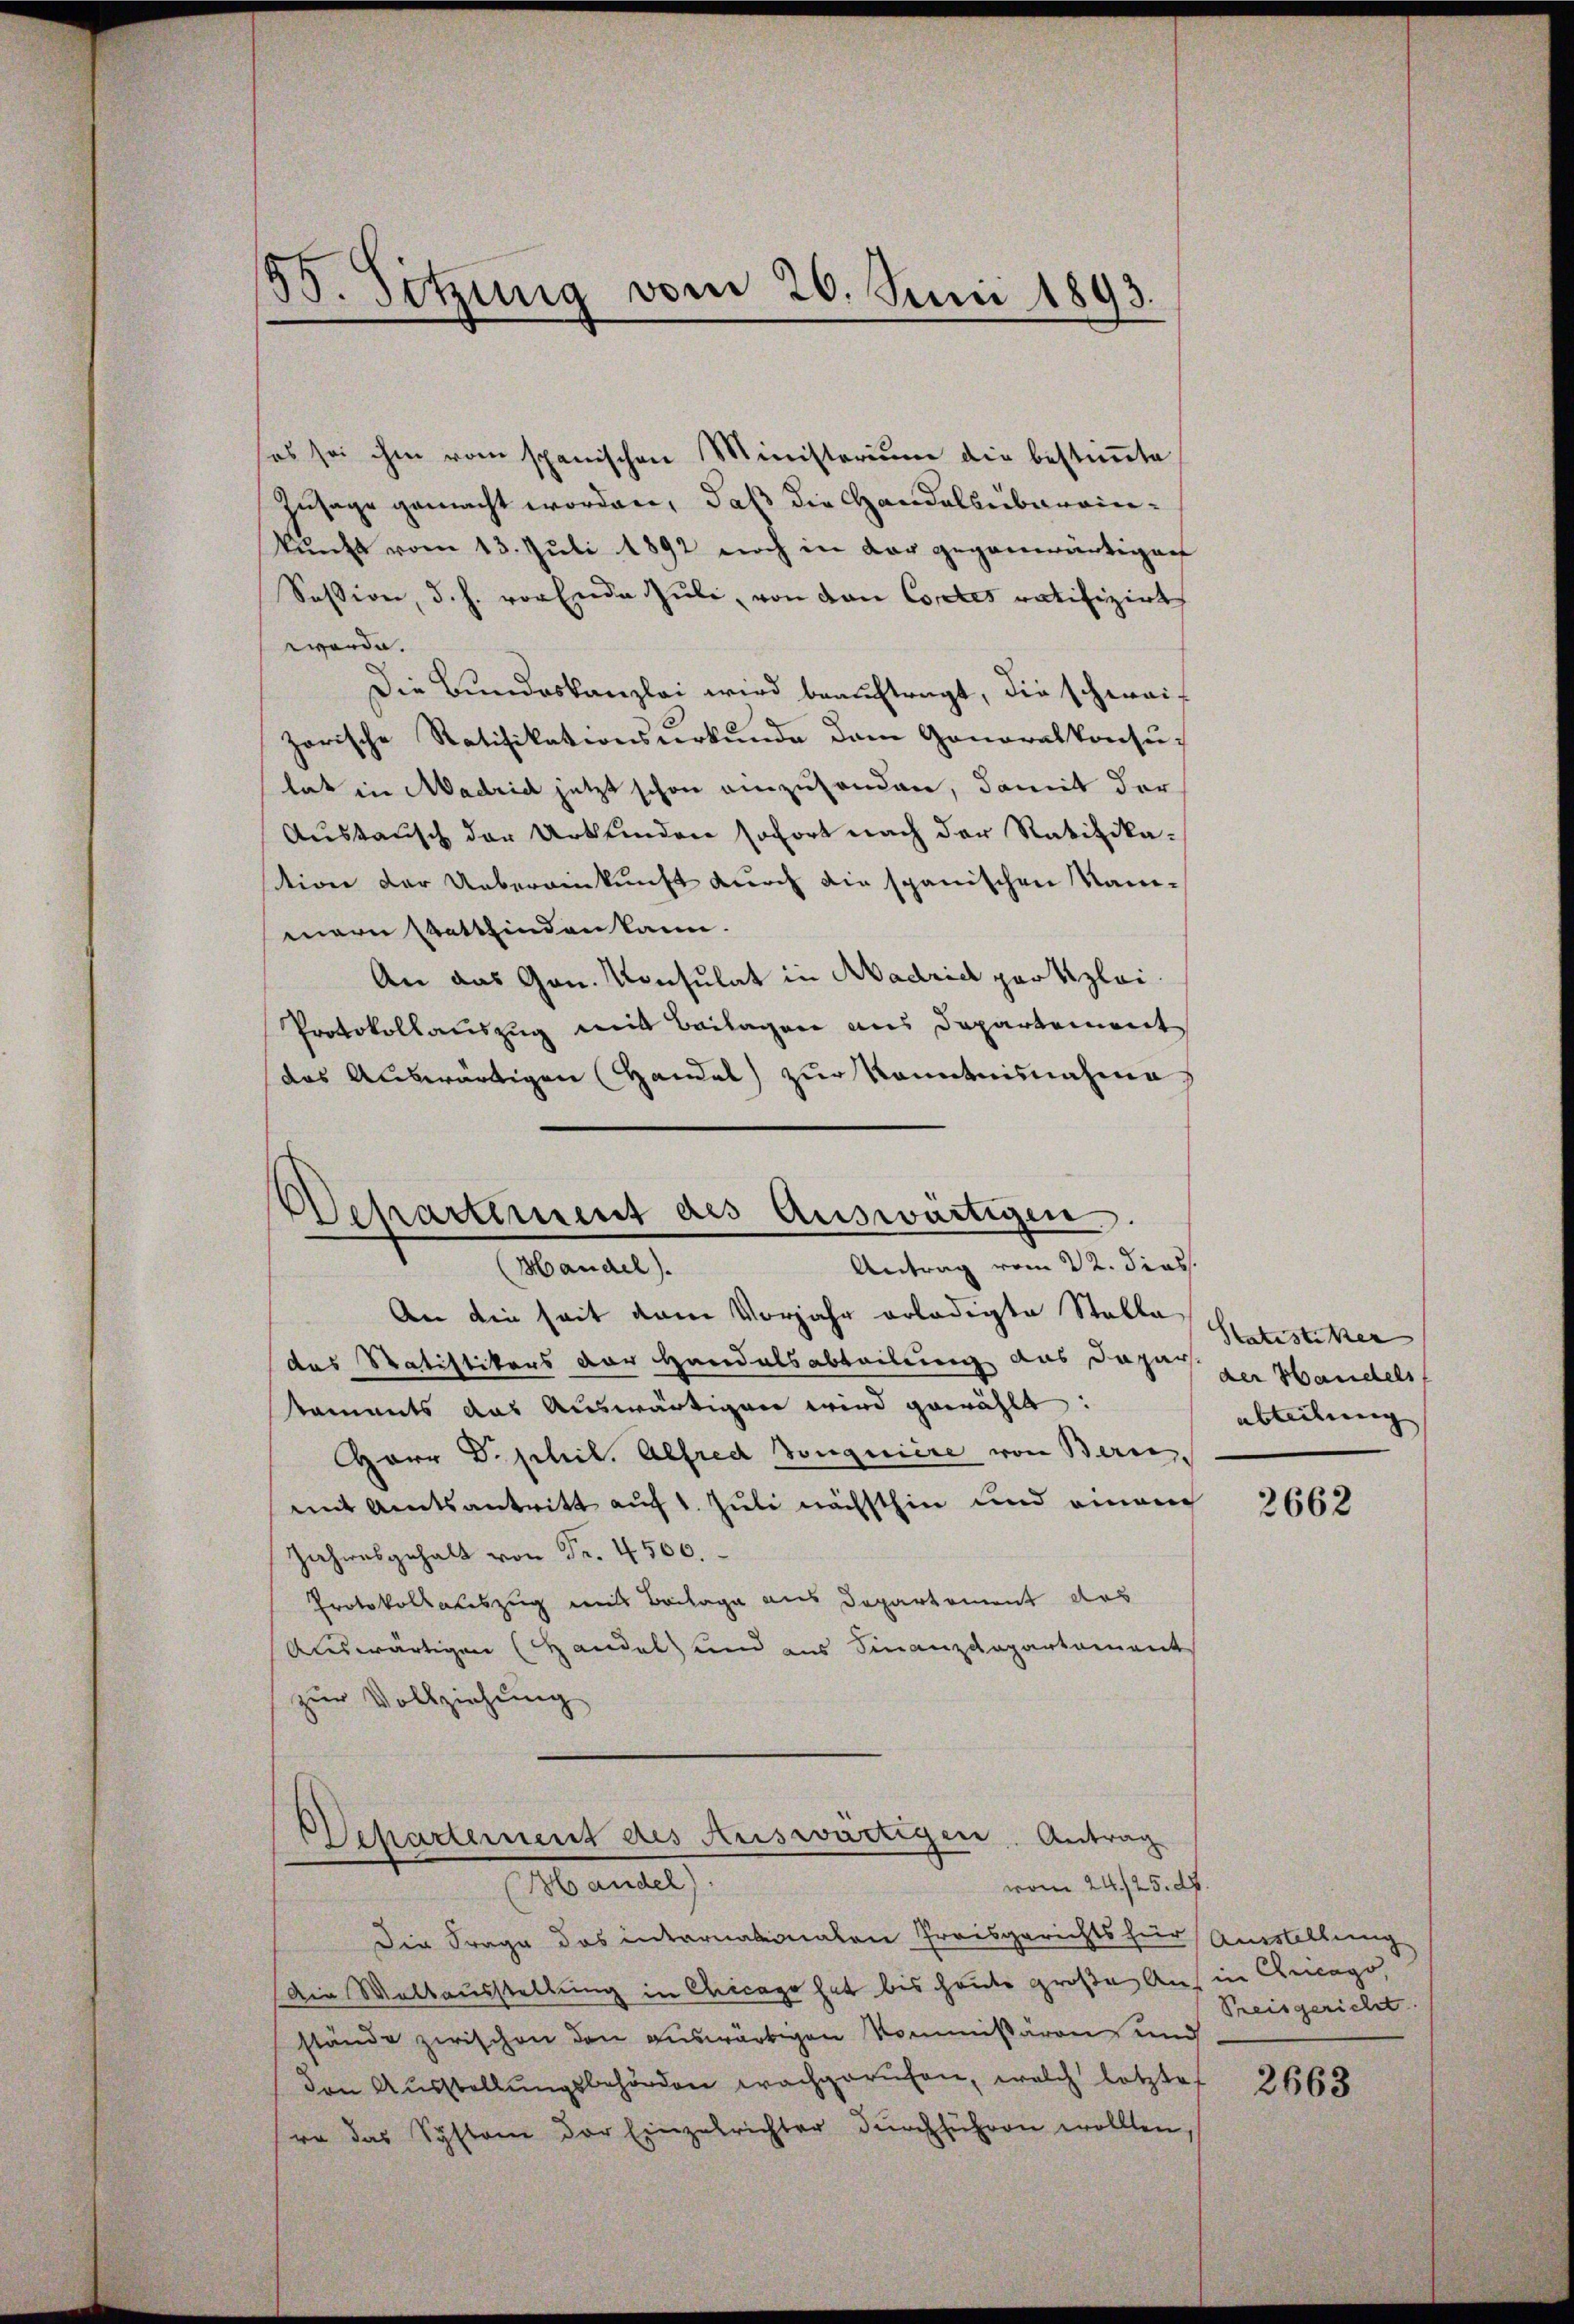
.
30. Setzung vom 26. Juni 1893.

es sei ihm vom spanischen Ministerium die bestimmte
Zusage gemacht worden, daß die Handelsübereinkunft vom 13. Juli 1892 noch in der gegenwärtigen
Session, d. h. vor Ende Juli, von von Cortes ratifizirt
worde.
Die Bundeskanzlei wird beauftragt, die schweizarische Ratifikationsŭrkŭnde dem Gonoralkonsutat in Madrid jetzt schon einzusenden, damit der
Austausch der Urkunden sofort nach der Ratifikation der Uebereinkunft durch die spanischen Nam-
mern stattfinden kann.
An das Gan. Konsulat in Madrid per klei
Protokollauszug mit Beilagen aus Departement
das Auswärtigen (Handel zur Kenntnisnahme

Departement des Auswärtigen.
Antrag vom 22. dies

Departement des Auswärtigen. Antrag
Handel)
vom 24./25. d.

(Handel.
An die seit vom Vorjahr erledigte Stalla
das Statistikers der Handelsabteilung aus dazu der Handelsf
staments das Auswärtigen wird gewählt:
HHerr D. phil. Alfred Sonquière von Beri
mit Amtsantritt auf 1. Juli nächsthin und einem
Zahwesgehalt von Fr. 4500.
Protokollauszug aus Beilage aus Departement das
Auswärtigen Handel und aus Finanzdepartament
zur Vollziehung

Die Frage das internationalen Preisgerichts für Ausstellung
Die Waltausstellung in Chicago hat bis heute große Aus in Arago,
stände zwischen den auswärtigen Kommissären und
den Ausstellungsbehörden wachgerufen, welch letzte
re das Systeme der Einzelrichter dŭrchführen wollten,

Satistiker
abteilung

2662

Preisgericht.

2663